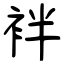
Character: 袢